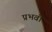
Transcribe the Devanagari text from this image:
प्रभवी